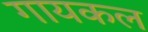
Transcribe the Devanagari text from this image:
गायकल